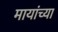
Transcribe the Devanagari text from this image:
मायांच्या